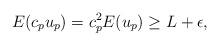
LaTeX: \begin{align*} E(c_pu_p)=c_p^2E(u_p)\geq L+\epsilon,\end{align*}